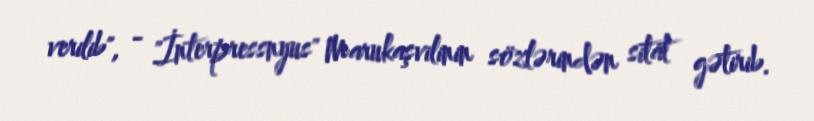
verilib", - "İnterpressnyus" Marukaşvilinin sözlərindən sitat gətirib.